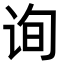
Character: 询